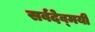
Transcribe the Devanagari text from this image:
सर्वदेव्मयी